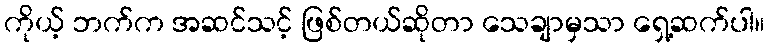
ကိုယ့် ဘက်က အဆင်သင့် ဖြစ်တယ်ဆိုတာ သေချာမှသာ ရှေ့ဆက်ပါ။